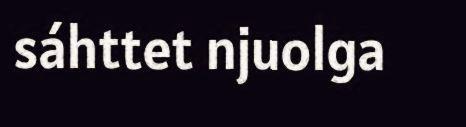
sáhttet njuolga